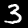
Digit: 3